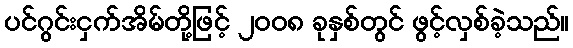
ပင်ဂွင်းငှက်အိမ်တို့ဖြင့် ၂၀၀၈ ခုနှစ်တွင် ဖွင့်လှစ်ခဲ့သည်။